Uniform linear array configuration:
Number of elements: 8
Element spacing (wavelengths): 0.75
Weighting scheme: kaiser
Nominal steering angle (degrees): -60
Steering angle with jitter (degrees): -59.253
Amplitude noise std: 0.05
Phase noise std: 0.05

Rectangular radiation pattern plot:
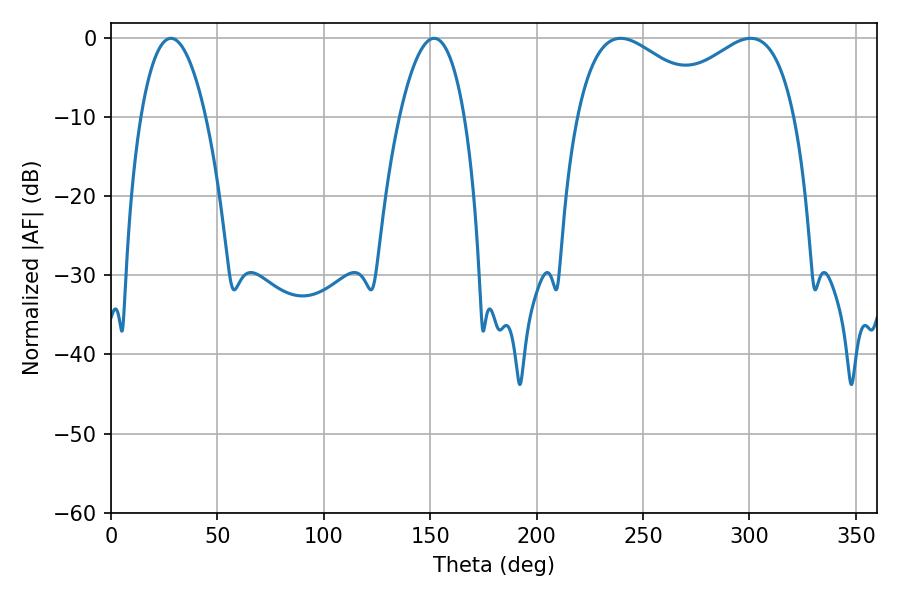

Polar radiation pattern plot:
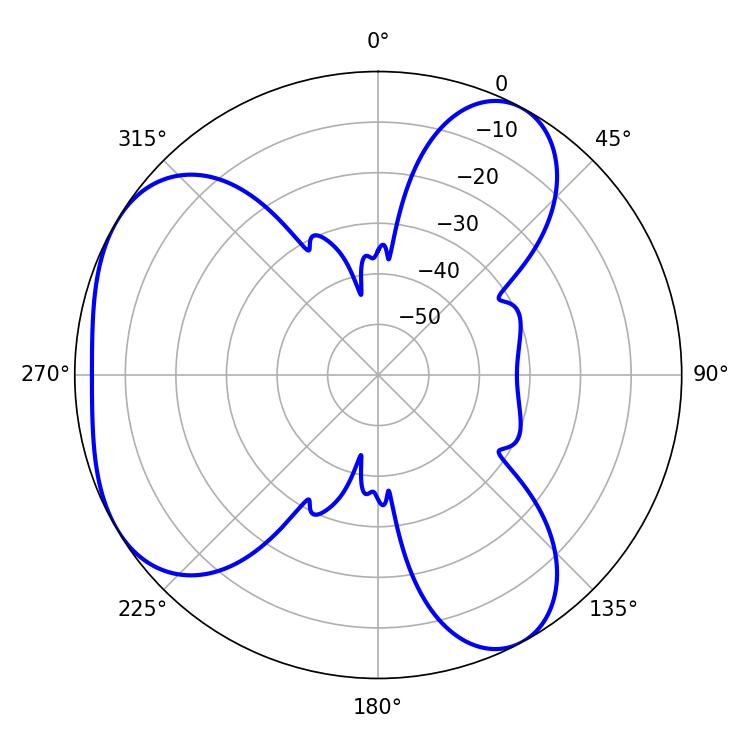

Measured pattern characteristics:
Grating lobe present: TRUE
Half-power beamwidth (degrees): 35.82
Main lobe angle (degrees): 300.6